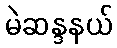
မဲဆန္ဒနယ်